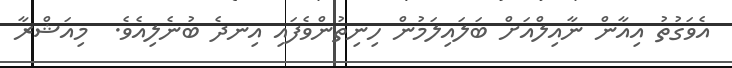
އެވަގުތު އިއާން ނާއިލްއަށް ބަލައިލަމުން ހިނިތުންވެފައި އިނދެ ބުނެލިއެވެ.  މިއަޝްރާ